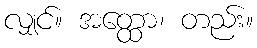
လျှင်။ အတ္ထော၊ တည်း။